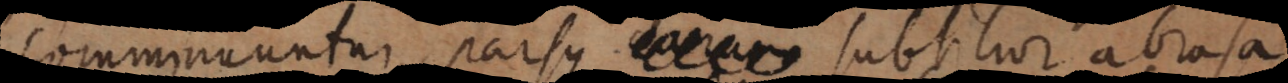
comminuuntur, parsque earum subtilior abrasa